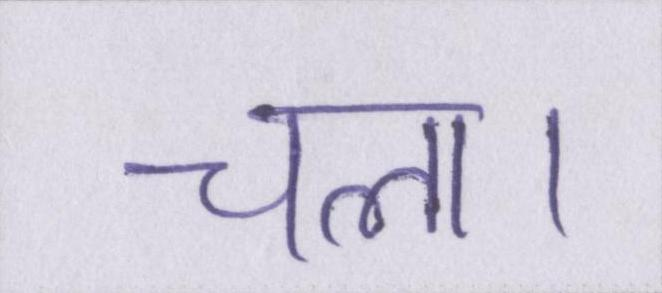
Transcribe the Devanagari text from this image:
चला।